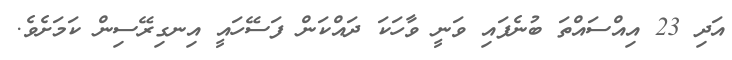
އަދި 23 އިއްސައްތަ ބުނެފައި ވަނީ ވާހަކަ ދައްކަން ފަސޭހައީ އިނގިރޭސިން ކަަމަށެވެ.